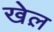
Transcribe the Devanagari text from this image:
खेल़